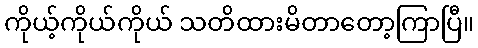
ကိုယ့်ကိုယ်ကိုယ် သတိထားမိတာတော့ကြာပြီ။